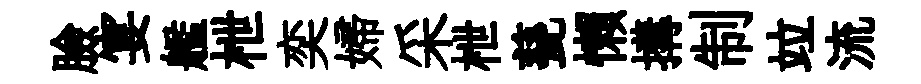
臉宴艦枻奕婦采枻甆懶搆制竝流